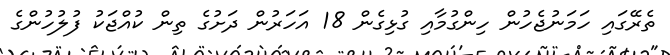
ތެރޭގައި ހަމަނުޖެހުން ހިންގުމާއި ގުޅިގެން 18 އަހަރުން ދަށުގެ ތިން ކުއްޖަކު ފުލުހުންގެ